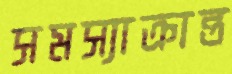
সমস্যাক্রান্ত